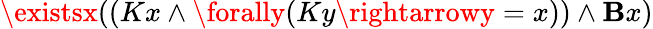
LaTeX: \existsx((Kx\land\forally(Ky\rightarrowy=x))\land\mathbf{B}x)